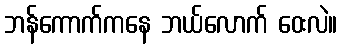
ဘန်ကောက်ကနေ ဘယ်လောက် ဝေးလဲ။